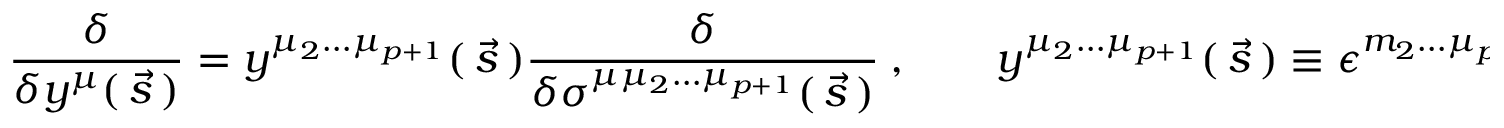
{ \frac { \delta } { \delta y ^ { \mu } ( \, \vec { s } \, ) } } = y ^ { \mu _ { 2 } \dots \mu _ { p + 1 } } ( \, \vec { s } \, ) { \frac { \delta } { \delta \sigma ^ { \mu \mu _ { 2 } \dots \mu _ { p + 1 } } ( \, \vec { s } \, ) } } \ , \qquad y ^ { \mu _ { 2 } \dots \mu _ { p + 1 } } ( \, \vec { s } \, ) \equiv \epsilon ^ { m _ { 2 } \dots \mu _ { p + 1 } } \, \partial _ { m _ { 2 } } \, y ^ { \mu _ { 2 } } \dots \partial _ { m _ { p + 1 } } \, y ^ { \mu _ { p + 1 } } \ .